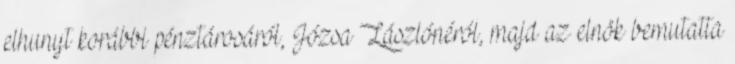
elhunyt korábbi pénztárosáról, Józsa Lászlónéról, majd az elnök bemutatta